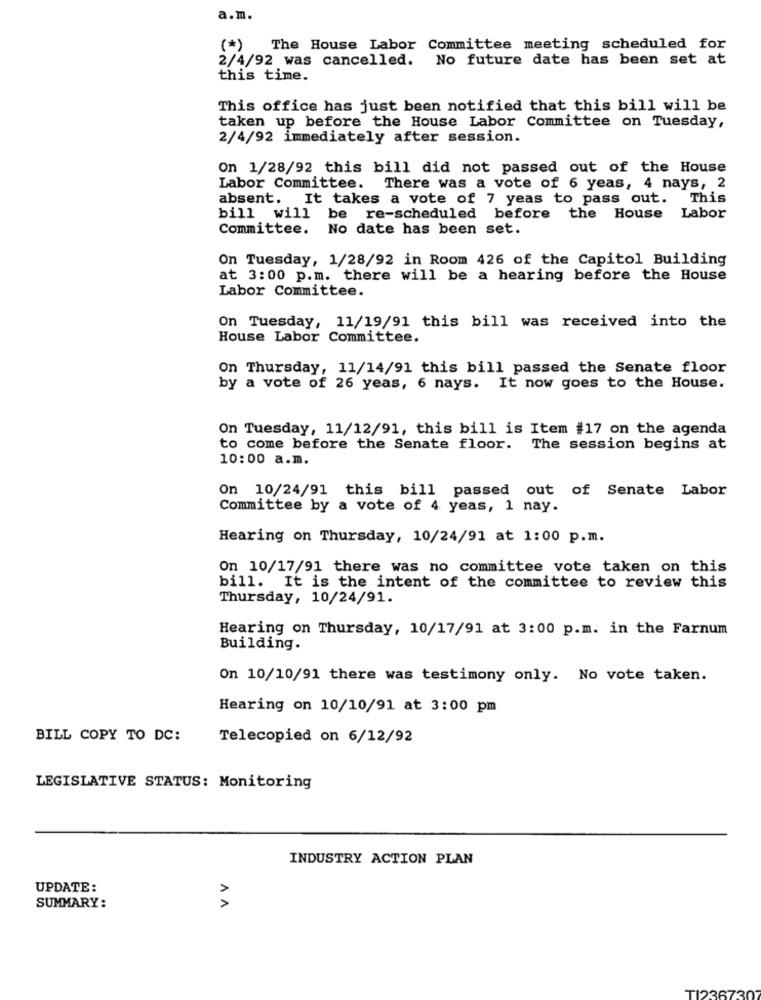
a.m.
(*)
The House Labor Committee meeting scheduled for
2/4/92 was cancelled. No future date has been set at
this time.
This office has just been notified that this bill will be
taken up before the House Labor Committee on Tuesday,
2/4/92 immediately after session.
On 1/28/92 this bill did not passed out of the House
Labor Committee. There was a vote of 6 yeas, 4 nays, 2
absent. It takes a vote of 7 yeas to pass out. This
bill will be re-scheduled before the House
Labor
Committee.
No date has been set.
On Tuesday, 1/28/92 in Room 426 of the Capitol Building
at 3:00 p.m. there will be a hearing before the House
Labor Committee.
On Tuesday, 11/19/91 this bill was received into the
House Labor Committee.
On Thursday, 11/14/91 this bill passed the Senate floor
by a vote of 26 yeas, 6 nays. It now goes to the House.
On Tuesday, 11/12/91, this bill is Item #17 on the agenda
to come before the Senate floor. The session begins at
10:00 a.m.
On 10/24/91 this bill passed out of Senate Labor
Committee by a vote of 4 yeas, 1 nay.
Hearing on Thursday, 10/24/91 at 1:00 p.m.
On 10/17/91 there was no committee vote taken on this
bill. It is the intent of the committee to review this
Thursday, 10/24/91.
Hearing on Thursday, 10/17/91 at 3:00 p.m. in the Farnum
Building.
On 10/10/91 there was testimony only. No vote taken.
Hearing on 10/10/91 at 3:00 pm
BILL COPY TO DC:
Telecopied on 6/12/92
LEGISLATIVE STATUS: Monitoring
INDUSTRY ACTION PLAN
UPDATE:
SUMMARY:
AA
TI23673